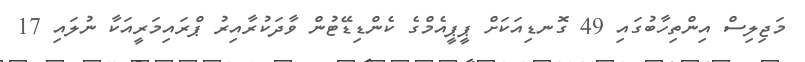
މަޖިލިސް އިންތިހާބުގައި 49 ގޮނޑިއަކަށް ޕީޕީއެމްގެ ކެންޑިޑޭޓުން ވާދަކުރާއިރު ޕްރައިމަރީއަކާ ނުލައި 17